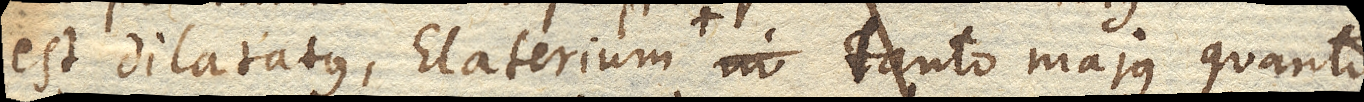
est dilatatus, Elaterium tanto majus quanto